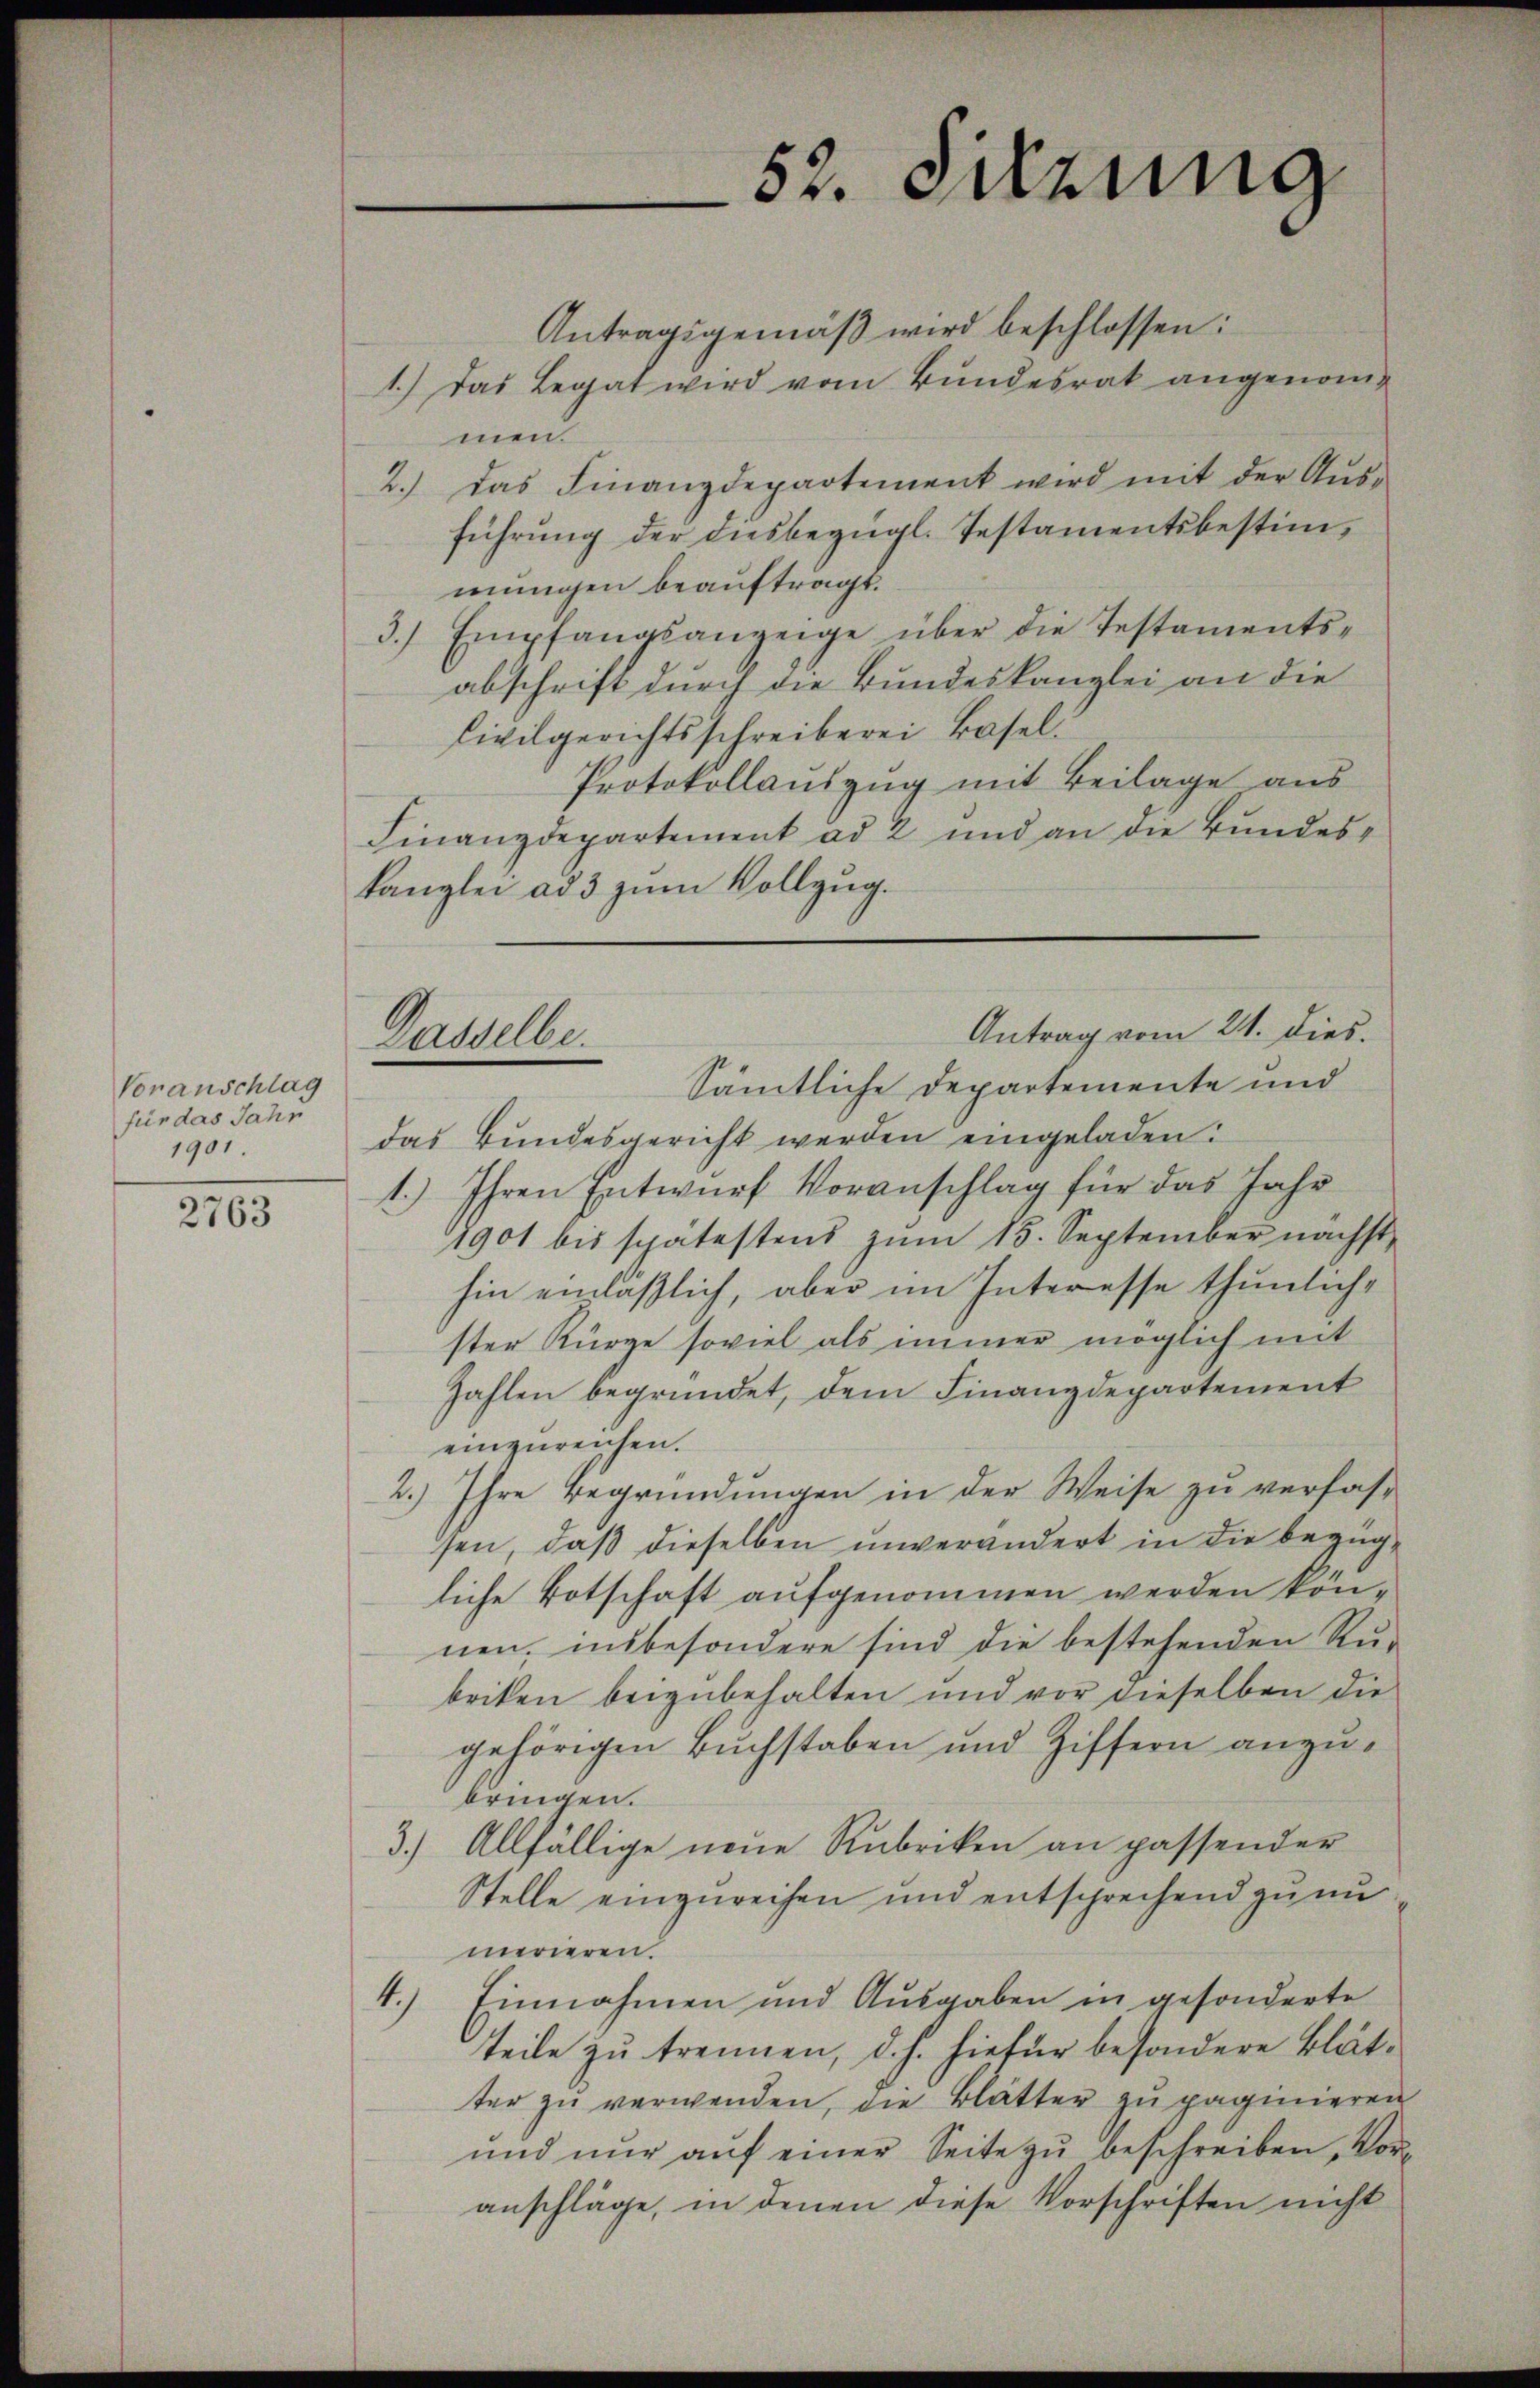
Voranschlag
für das Jahr
1901.

2763

52. Wenng

Antrag vom 24. dies.
Gasselbe.
Sämtliche Departemente und

Antragsgemäß wird beschlossen:
1.) Das Legat wird vom Bundesrat angenommen.
2.) Das Finanzdepartement wird mit der Ausführung der diesbezügl. Testamentsbestimmungen beauftragt.
3.) Empfangsanzeige über die Testaments-
abschrift durch die Bundeskanzlei an die
Civilgerichtsschreiberei Basel¬
Protokollauszug mit Beilage aus
Finanzdepartement ad 2 und an die Bundes-
kanzlei ad 3 zum Vollzug.
das Bundesgericht werden eingeladen:
1.) Ihren Entwurf Voranschlag für das Jahr
1901 bis spätestens zŭm 15. September nächst
hin einläßlich, aber im Interesse thunliche
ster Kürze soviel als immer möglich mit
Zahlen begründet, dem Finanzdepartement
einzureichen.
2.) Ihre Begründungen in der Weise zu verfassen, daß dieselben unverändert in die bezügliche Botschaft aufgenommen werden können, insbesondere sind die bestehenden Ru-
briken beizubehalten und vor dieselben die
gehörigen Buchstaben und Ziffern anzubringen.
3.) Allfällige neue Rubriken an passender
Stelle einzureisen und entsprechend zu un
merieren
4.) Einnahmen und Ausgaben in gesonderte
teile zu trennen, d. h. hiefür besondere Blätter zu verwenden, die Blätter zu paginieren
und nŭr aŭf einer Seite zŭ beschreiben, Voranschläge, in denen diese Vorschriften nicht